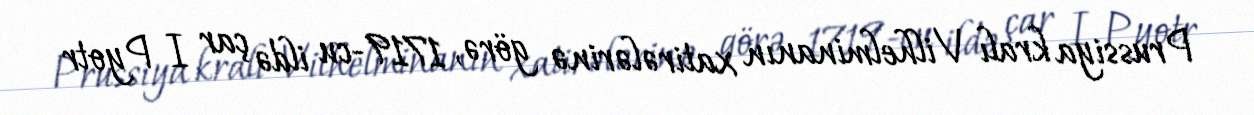
Prussiya kralı Vilhelminanın xatirələrinə görə, 1719-cu ildə çar I Pyotr